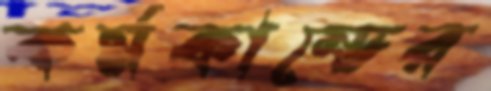
কর্মকান্ডের